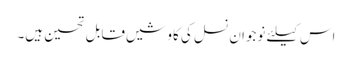
اس کیلئے نوجوان نسل کی کاوشیں قابل تحسین ہیں۔